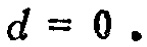
\(d = 0.\)